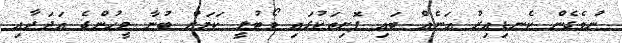
ނުވެގެން ކެނޑިއިރު އަނެއް ބައި ފޮށިތަކުގައި ވޯޓުލީ ކަމަށް ބުނާ މީހުންގެ އަދަދާއި